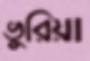
ভুরিয়া